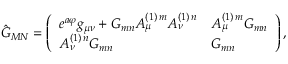
\hat { G } _ { M N } = \left( \begin{array} { l l } { { e ^ { a \varphi } g _ { { \mu } { \nu } } + G _ { { m } { n } } A _ { { \mu } } ^ { ( 1 ) \, m } A _ { { \nu } } ^ { ( 1 ) \, n } } } & { { A _ { { \mu } } ^ { ( 1 ) \, m } G _ { { m } { n } } } } \\ { { A _ { { \nu } } ^ { ( 1 ) \, n } G _ { { m } { n } } } } & { { G _ { { m } { n } } } } \end{array} \right) ,